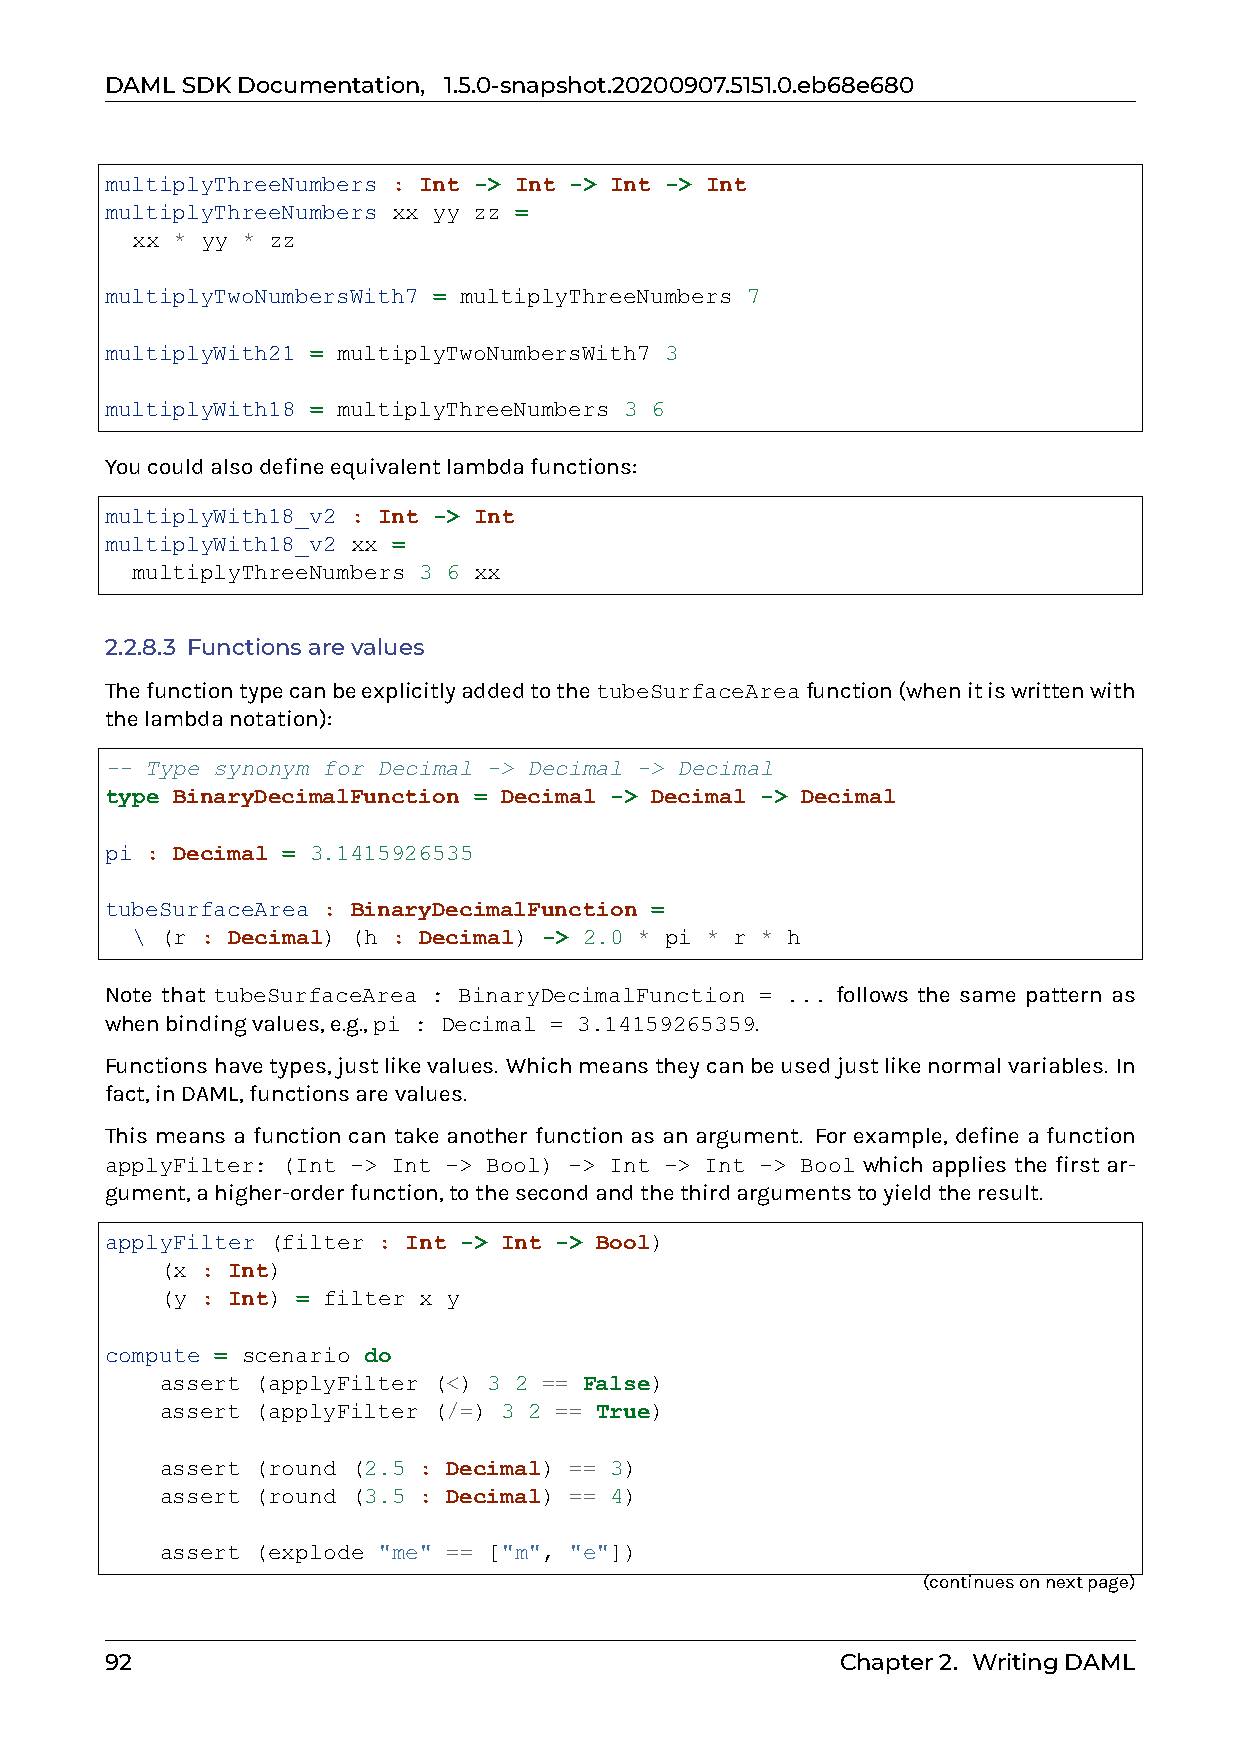
DAMLSDKDocumentation, 1.5.0-snapshot.20200907.5151.0.eb68e680
 multiplyThreeNumbers : Int -> Int -> Int -> Int
 multiplyThreeNumbers xx yy zz =
 xx * yy * zz
 multiplyTwoNumbersWith7 = multiplyThreeNumbers 7
 multiplyWith21 = multiplyTwoNumbersWith7 3
 multiplyWith18 = multiplyThreeNumbers 3 6
 Youcouldalsodefineequivalentlambdafunctions:
 multiplyWith18_v2 : Int -> Int
 multiplyWith18_v2 xx =
 multiplyThreeNumbers 3 6 xx
 2.2.8.3 Functionsarevalues
 ThefunctiontypecanbeexplicitlyaddedtothetubeSurfaceAreafunction(whenitiswrittenwith
 thelambdanotation):
 -- Type synonym for Decimal -> Decimal -> Decimal
 type BinaryDecimalFunction = Decimal -> Decimal -> Decimal
 pi : Decimal = 3.1415926535
 tubeSurfaceArea : BinaryDecimalFunction =
 \ (r : Decimal) (h : Decimal) -> 2.0 * pi * r * h
 Note that tubeSurfaceArea : BinaryDecimalFunction = ... follows the same pattern as
 whenbindingvalues,e.g.,pi : Decimal = 3.14159265359.
 Functionshavetypes,justlikevalues. Whichmeanstheycanbeusedjustlikenormalvariables. In
 fact,inDAML,functionsarevalues.
 This means a function can take another function as an argument. For example, define a function
 applyFilter: (Int -> Int -> Bool) -> Int -> Int -> Bool which applies the first ar-
 gument,ahigher-orderfunction,tothesecondandthethirdargumentstoyieldtheresult.
 applyFilter (filter : Int -> Int -> Bool)
 (x : Int)
 (y : Int) = filter x y
 compute = scenario do
 assert (applyFilter (<) 3 2 == False)
 assert (applyFilter (/=) 3 2 == True)
 assert (round (2.5 : Decimal) == 3)
 assert (round (3.5 : Decimal) == 4)
 assert (explode "me" == ["m", "e"])
 (continuesonnextpage)
 92                                               Chapter2. WritingDAML